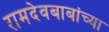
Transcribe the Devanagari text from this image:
रामदेवबाबांच्या